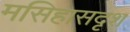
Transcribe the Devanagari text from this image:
मसिहासदृश